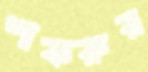
শাকরুর